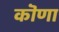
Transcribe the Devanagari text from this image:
कॊणा